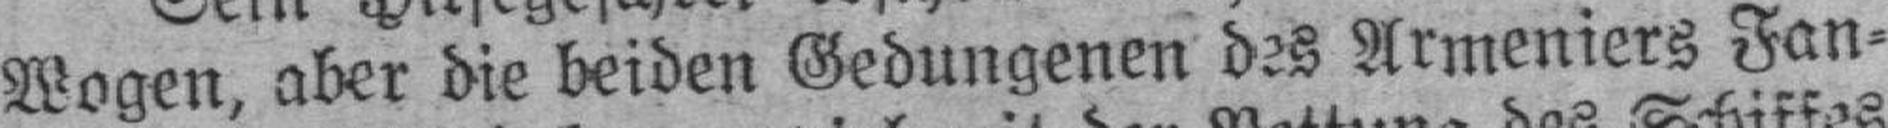
Wogen, aber die beiden Gedungenen des Armeniers Fan¬